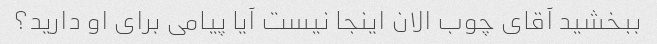
ببخشید آقای چوب الان اینجا نیست آیا پیامی برای او دارید؟